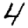
Digit: 4